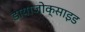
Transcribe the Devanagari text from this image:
डायाजोक्साइड